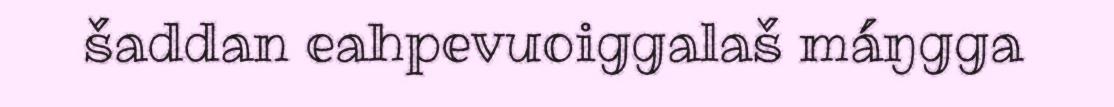
šaddan eahpevuoiggalaš máŋgga